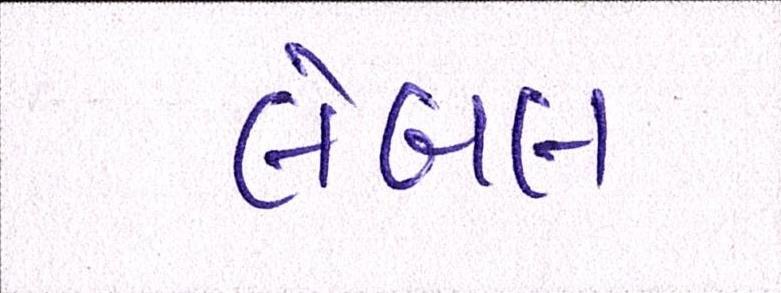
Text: લેબલ